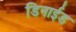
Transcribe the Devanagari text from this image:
डिनाईड